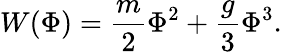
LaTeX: W(\Phi)=\frac{m}{2}\Phi^{2}+\frac{g}{3}\Phi^{3}.